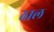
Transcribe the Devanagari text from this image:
ठाल